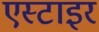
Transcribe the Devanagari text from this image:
एस्टाइर